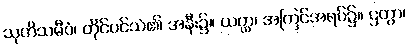
သုတိသမီပံ၊ တိုင်ပင်သံ၏ အနီး၌။ ယတ္ထ၊ အကြင်အရပ်၌။ ဌတွာ၊